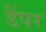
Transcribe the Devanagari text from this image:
डैंपर